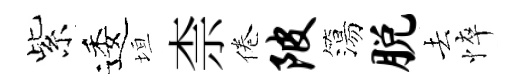
紫逶垣柰倦陂簜脱去悴